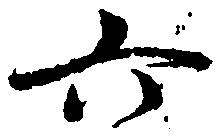
六